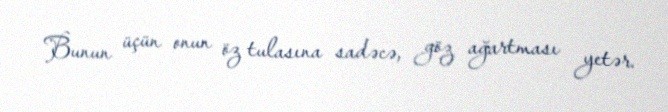
Bunun üçün onun öz tulasına sadəcə, göz ağartması yetər.